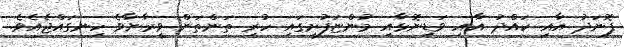
ފޮނަދު އާއި ކައްދު އާއި ވަޑިނޮޅާއި މުންޏަފުށީގައި ހުރި ތަންތަން ވީރާނާވެ ހިނގައްޖެއެވެ.